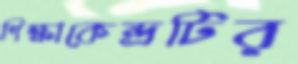
শিক্ষাকেন্দ্রটির